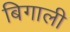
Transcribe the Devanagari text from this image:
बिगाली